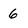
Character: 6